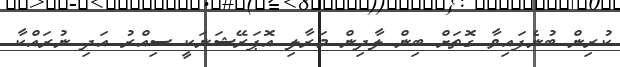
ކުރިން ބުނެފައިވާ ގޮތަށް ބިން ލާދިން މަރާލި އޮޕަރޭޝަނަކީ ސިއްރު އަދި ނުރައްކާ